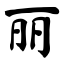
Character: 丽